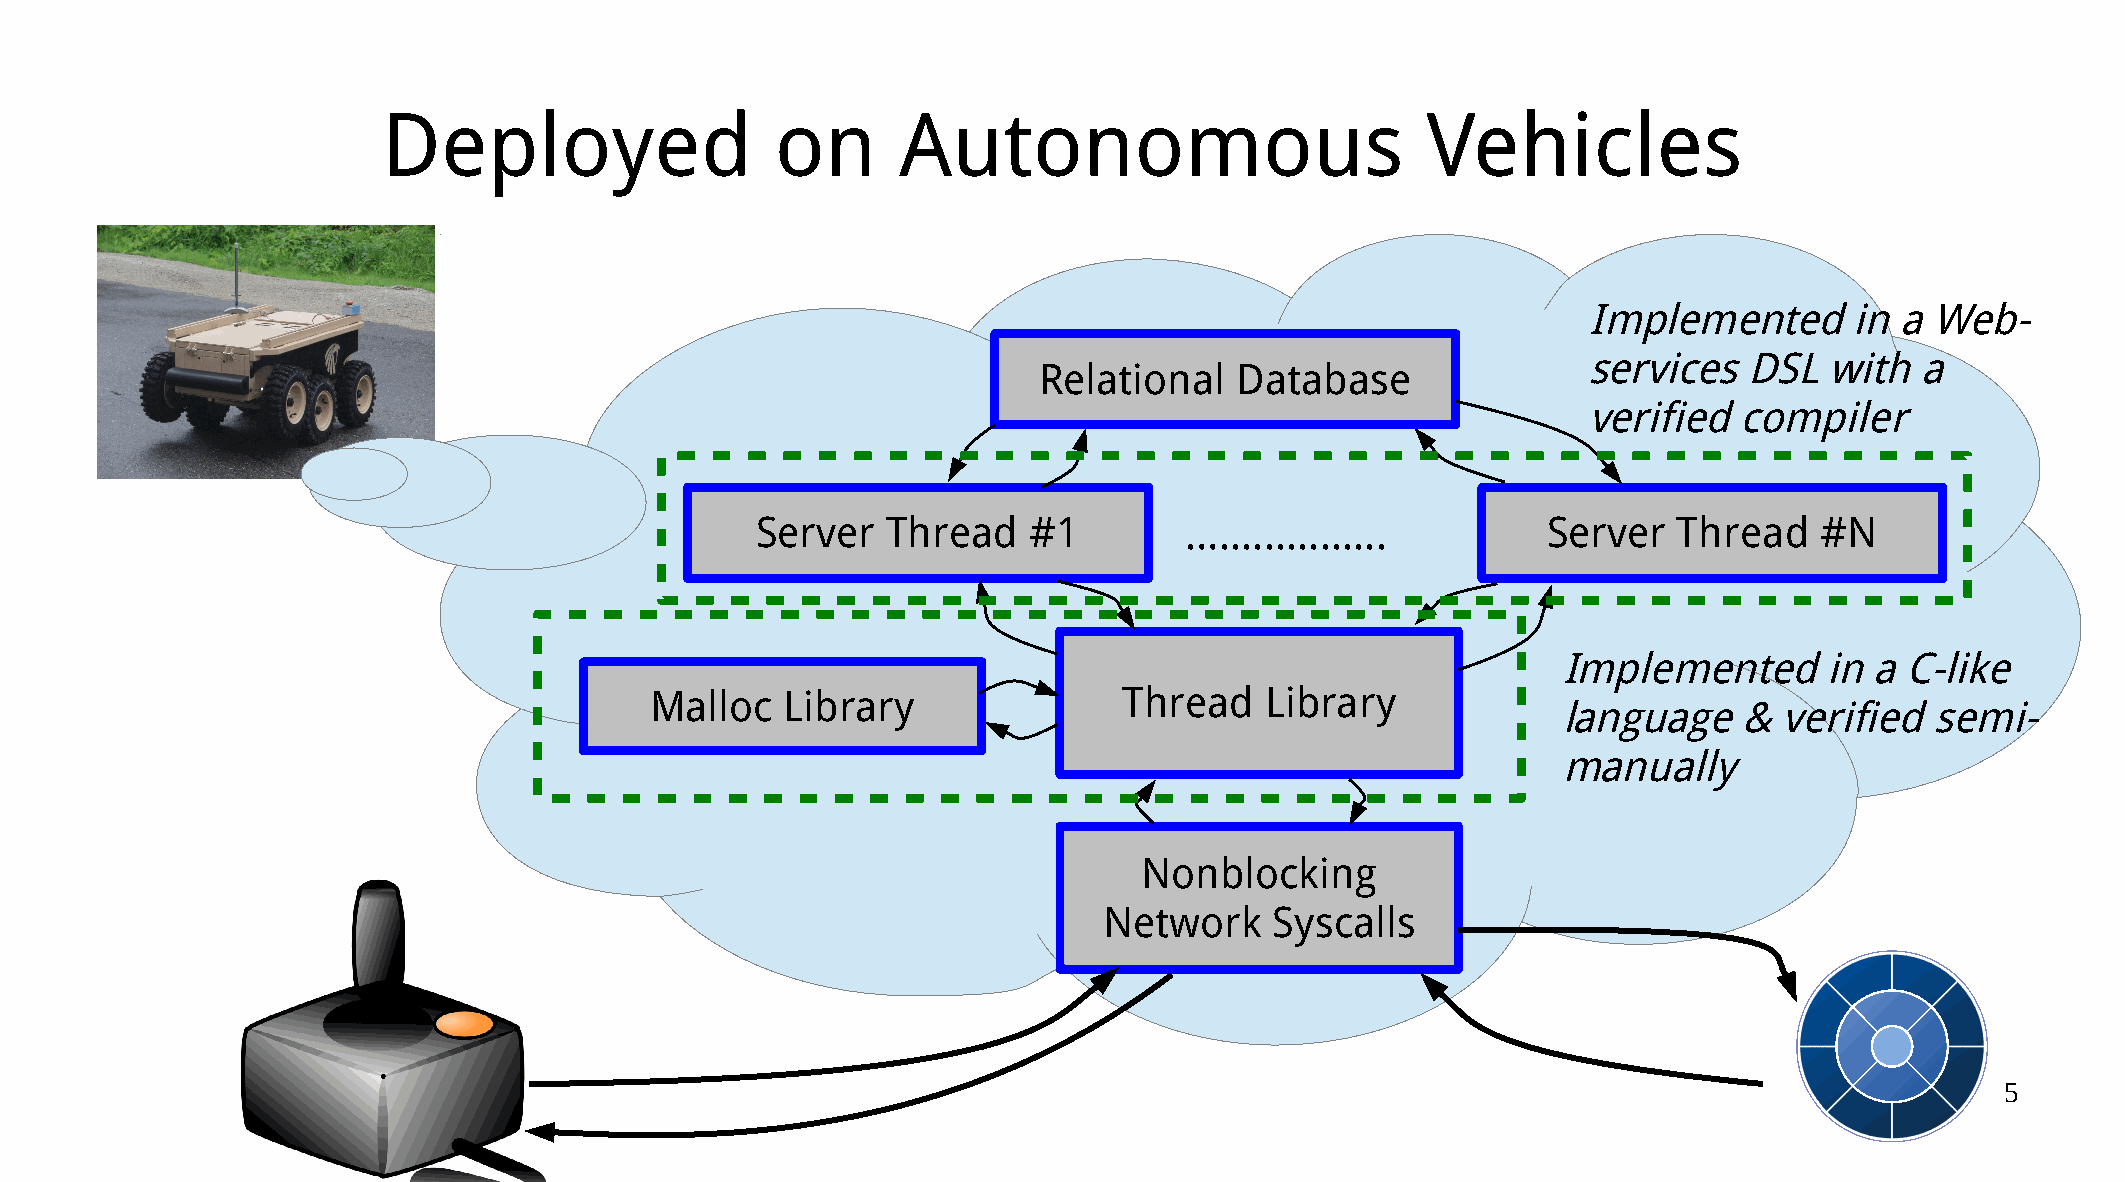
Deployed                  on       Autonomous                        Vehicles
 Implemented       in a Web-
 services   DSL  with  a
 Relational   Database
 verified  compiler
 Server   Thread   #1        …...............        Server   Thread   #N
 Implemented       in a C-like
 Malloc   Library               Thread    Library
 language    &  verified  semi-
 manually
 Nonblocking
 Network    Syscalls
 5